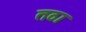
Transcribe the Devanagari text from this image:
तठा